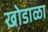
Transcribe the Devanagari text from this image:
खोडाळा